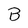
Character: B